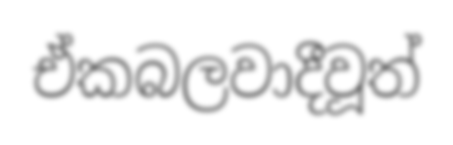
ඒකබලවාදීවූත්